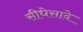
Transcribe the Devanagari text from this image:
सीधेसादे